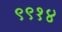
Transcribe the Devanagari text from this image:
९९१४